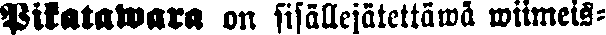
Pikatawara on sisällejätettäwä wiimeis-